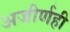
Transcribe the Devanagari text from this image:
अजीर्णही